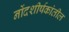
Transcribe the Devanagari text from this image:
नोंदशीर्षकांतील